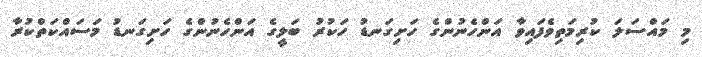
މި މައްސަލަ ކުރިމަތިވެފައިވާ އަންހެނުންގެ ހަށިގަނޑު ހަކުރު ބަލީގެ އަންހެނުންގެ ހަށިގަނޑު މަސައްކަތްކުރާ